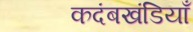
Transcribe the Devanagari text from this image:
कदंबखंडियाँ